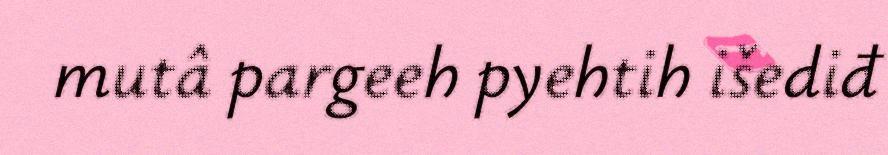
mutâ pargeeh pyehtih išediđ